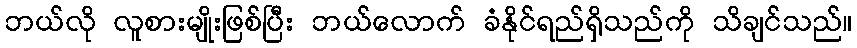
ဘယ်လို လူစားမျိုးဖြစ်ပြီး ဘယ်လောက် ခံနိုင်ရည်ရှိသည်ကို သိချင်သည်။